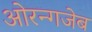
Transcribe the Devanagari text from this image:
ओरन्गजेब